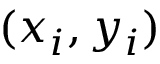
( x _ { i } , y _ { i } )